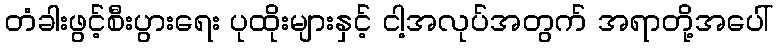
တံခါးဖွင့်စီးပွားရေး ပုထိုးများနှင့် ငါ့အလုပ်အတွက် အရာတို့အပေါ်